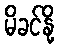
မိခင်နို့